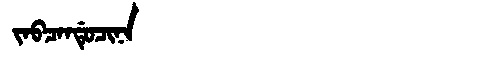
Manchu: ᠵᠠᠪᠴᠠᠨᡩᡠᠴᡳᠨᠠ
Romanization: JABCANDUCINA